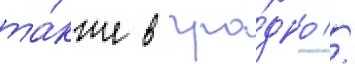
та́кже в гро́дно //